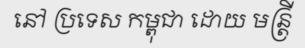
នៅ ប្រទេស កម្ពុជា ដោយ មន្ត្រី